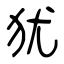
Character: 犹